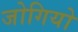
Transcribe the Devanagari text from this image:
जोगियो